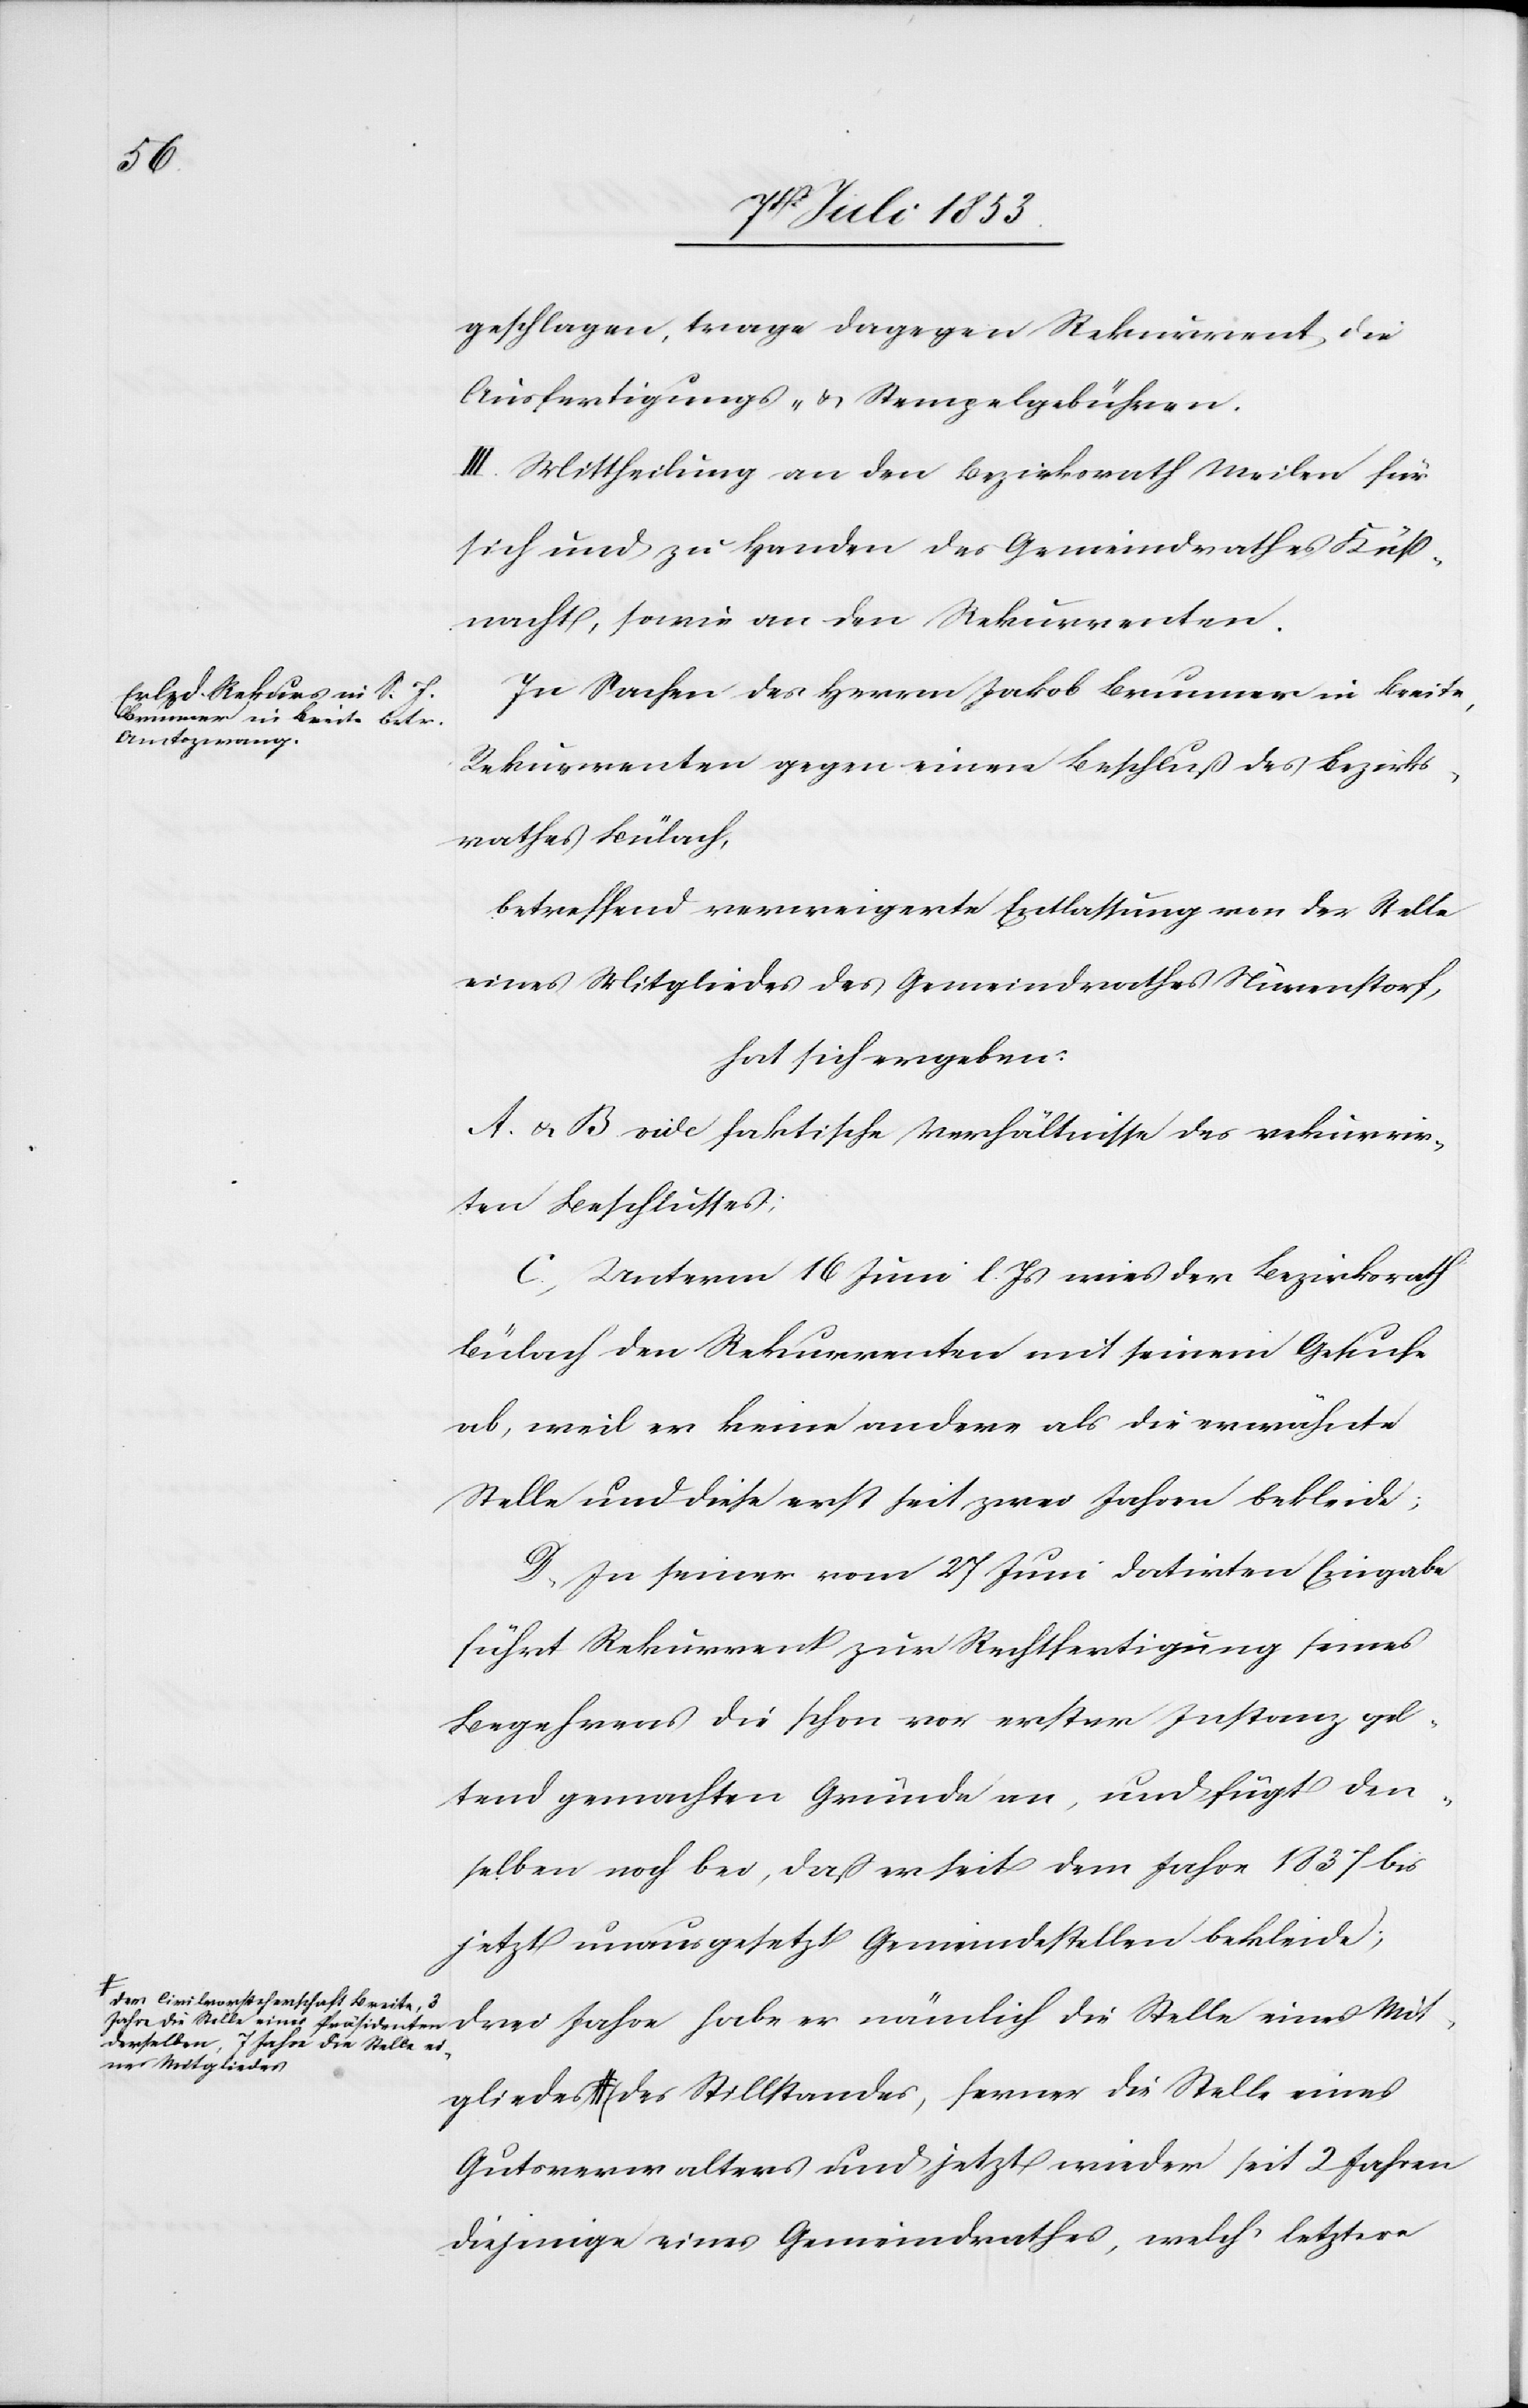
gliedes
der Civilvorsteherschaft Breite,
Jahre die Stelle eines Präsidenten
derselben, 7 Jahre die Stelle eines

geschlagen, trage dagegen Rekurrent die
Ausfertigungs- u. Stempelgebühren.
III. Mittheilung an den Bezirksrath Meilen für
sich und zu Handen des Gemeindrathes Küß¬
nacht, sowie an den Rekurrenten.
In Sachen des Herrn Jakob Brunner in Breite,
Rekurrenten gegen einen Beschluß des Bezirks¬
rathes Bülach,
betreffend verweigerte Entlassung von der Stelle
eines Mitgliedes des Gemeindrathes Nürenstorf,
hat sich ergeben:
A. u. B vide faktische Verhältnisse des rekurrir¬
ten Beschlusses;
C, Unterm 16 Juni l. Js. wies der Bezirksrath
Bülach den Rekurrenten mit seinem Gesuche
ab, weil er keine andere als die erwähnte
Stelle und diese erst seit zwei Jahren bekleide;
D. In seiner vom 27 Juni datirten Eingabe
führt Rekurrent zur Rechtfertigung seines
Begehrens die schon vor erster Instanz gel¬
tend gemachten Gründe an, und fügt den¬
selben noch bei, daß er seit dem Jahre 1837 bis
jetzt unausgesetzt Gemeindestellen bekleide;
drei Jahre habe er nämlich die Stelle eines Mit¬
Mitgliedes des Stillstandes, ferner die Stelle eines
Gutsverwalters und jetzt wieder seit 2 Jahren
diejenige eines Gemeindrathes, welch’ letztere